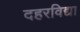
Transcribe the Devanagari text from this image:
दहरविद्या